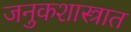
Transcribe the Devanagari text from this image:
जनुकशास्त्रात